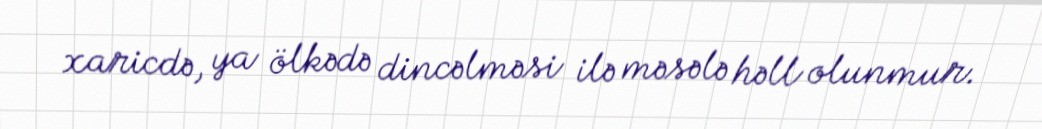
xaricdə, ya ölkədə dincəlməsi ilə məsələ həll olunmur.